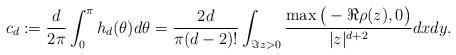
LaTeX: \begin{align*} c_d:= {d\over 2\pi} \int_0^\pi h_d(\theta)d\theta= {2d\over \pi(d-2)!}\int_{\Im z>0} { \max\big(-\Re \rho(z),0\big)\over |z|^{d+2}}dxdy.\end{align*}